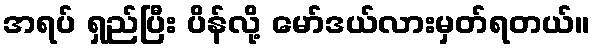
အရပ် ရှည်ပြီး ပိန်လို့ မော်ဒယ်လားမှတ်ရတယ်။